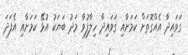
ގަވައިދާ އެއްގޮތަށް ކަމަށާއި ގަވައިދާ ހިލާފުވާ މަދު ބަޔަކު އުޅޭ ކަމަށާއި އެފަދަ